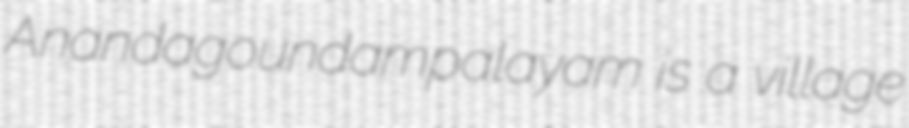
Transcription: Anandagoundampalayam is a village